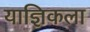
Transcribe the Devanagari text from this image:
याज्ञिकला